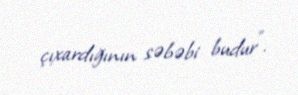
çıxardığının səbəbi budur”.